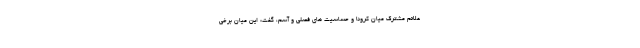
علائم مشترک میان کرونا و حساسیت های فصلی و آسم، گفت: این میان برخی